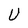
Character: U